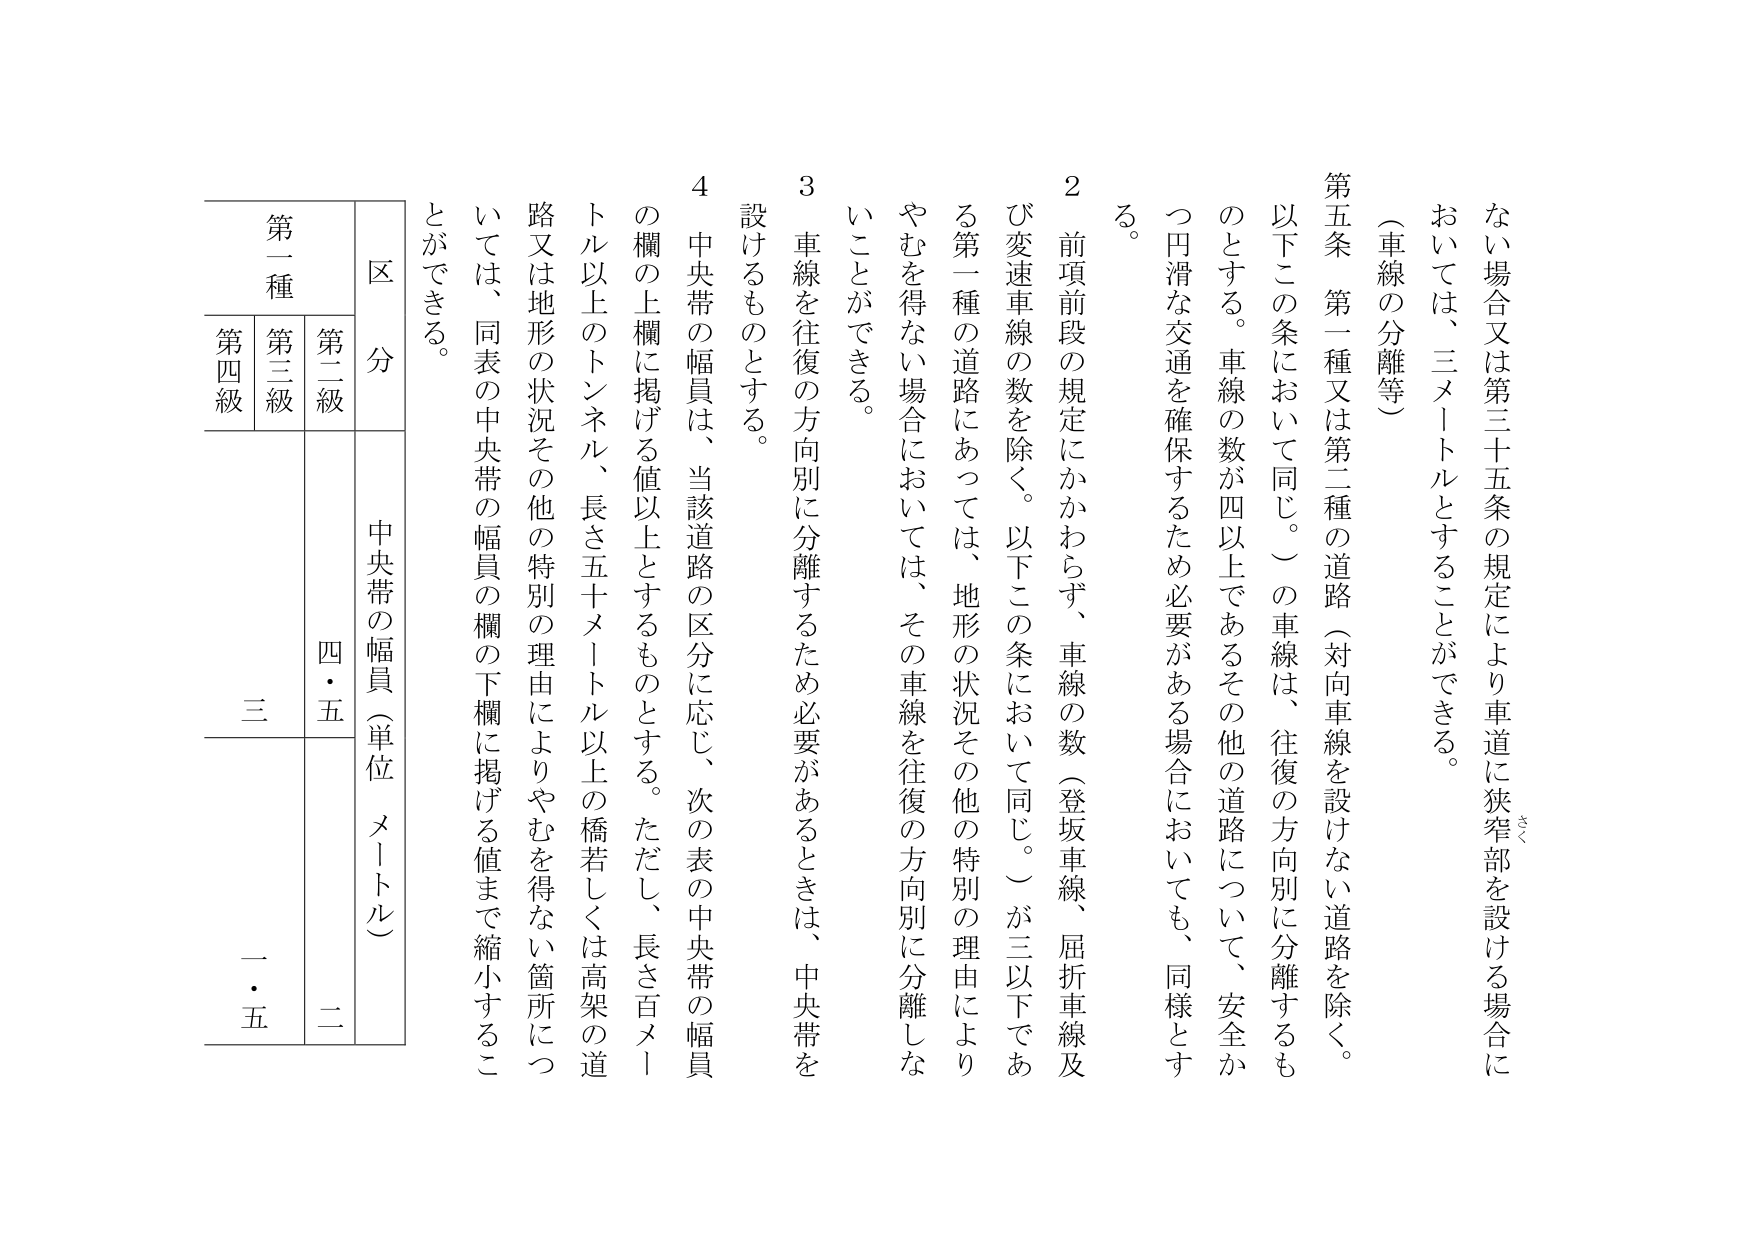
（車線の分離等）

第五条 第一種又は第二種の道路（対向車線を設けない道路を除く。以下この条において同じ。）の車線は、往復の方向別に分離するものとする。車線の数が四以上であるその他の道路について、安全かつ円滑な交通を確保するため必要がある場合においても、同様とする。

２ 前項前段の規定にかかわらず、車線の数（登坂車線、屈折車線及び変速車線の数を除く。以下この条において同じ。）が三以下である第一種の道路にあっては、地形の状況その他の特別の理由によりやむを得ない場合においては、その車線を往復の方向別に分離しないことができる。

３ 車線を往復の方向別に分離するため必要があるときは、中央帯を設けるものとする。

４ 中央帯の幅員は、当該道路の区分に応じ、次の表の中央帯の幅員の欄の上欄に掲げる値以上とするものとする。ただし、長さ百メートル以上のトンネル、長さ五十メートル以上の橋若しくは高架の道路又は地形の状況その他の特別の理由によりやむを得ない箇所については、同表の中央帯の幅員の欄の下欄に掲げる値まで縮小することができる。

区 分
第一種
第二級
第三級
第四級
中央帯の幅員（単位 メートル）
四・五
二・二
三
一・五

ない場合又は第三十五条の規定により車道に狭窄部を設ける場合に
おいては、三メートルとすることができる。